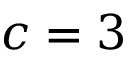
c = 3